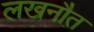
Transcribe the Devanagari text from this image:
लखनौत